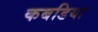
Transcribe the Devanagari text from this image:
कबडिया